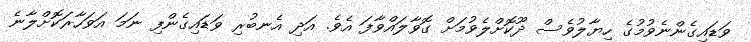
ވަޑައިގެންނެވުމުގެ ހިޔާލުވެސް ދޫކޮށްލެވުމަށް ގޮވާލައްވާފަ އެވެ. އަދި އެނބުރި ވަޑައިގެންފި ނަމަ އަވަހާރަކޮށްލާނެ